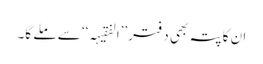
ان کا پتہ بھی دفتر’’ا لفقیہہ‘‘ سے ملے گا۔